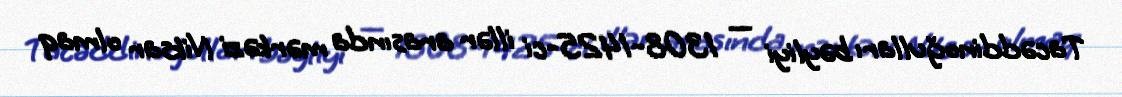
Tacəddinoğulları bəyliyi — 1308-1425-ci illər arasında mərkəzi Niksar olmaq